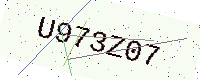
Text: U973Z07